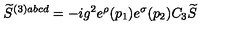
\widetilde { S } ^ { ( 3 ) a b c d } = - i g ^ { 2 } e ^ { \rho } ( p _ { 1 } ) e ^ { \sigma } ( p _ { 2 } ) C _ { 3 } \widetilde { S }